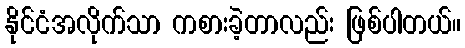
နိုင်ငံအလိုက်သာ ကစားခဲ့တာလည်း ဖြစ်ပါတယ်။